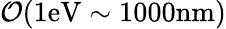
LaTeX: {\cal O}(1\mathrm{eV}\sim 1000\mathrm{nm})